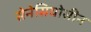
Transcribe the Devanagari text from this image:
सेनेसियोसीन